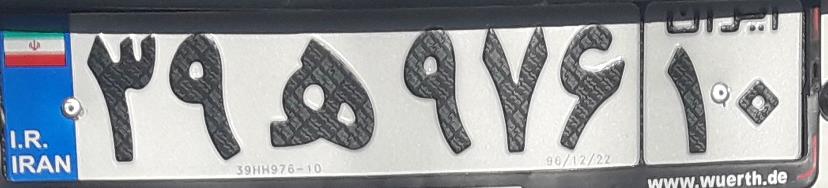
۳۹ه۹۷۶۱۰